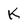
Character: K